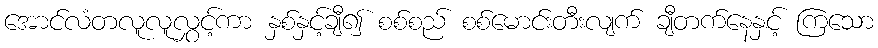
အောင်လံတလူလူလွှင့်ကာ နှစ်နှင့်ချီ၍ စစ်စည် စစ်မောင်းတီးလျက် ချီတက်နေနှင့် ကြသော